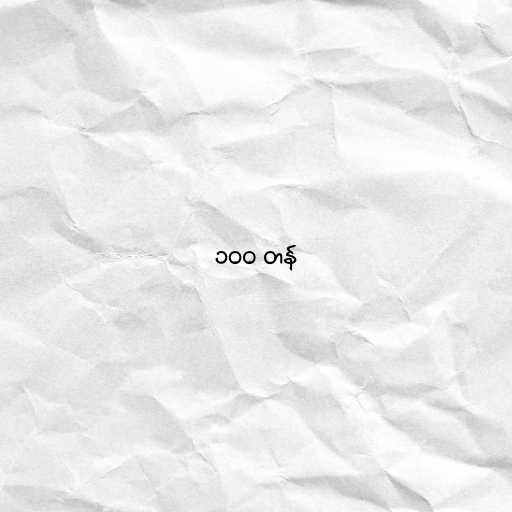
၁၀၀ တန်